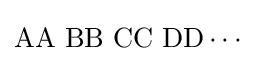
\mathrm {AA\,\,BB\,\,CC\,\,DD\cdots }